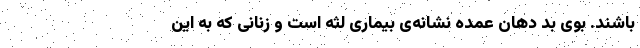
باشند. بوی بد دهان عمده نشانه‌ی بیماری لثه است و زنانی که به این